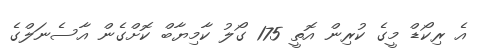
އެ ރިކޯޑް މީގެ ކުރިން އޮތީ 175 ގޯލު ކާމިޔާބް ކޮށްގެން އާސެނަލްގެ